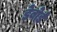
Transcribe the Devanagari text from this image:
डेबोर्ड